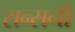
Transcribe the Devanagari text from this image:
सन्सनी